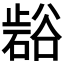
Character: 𭭲